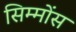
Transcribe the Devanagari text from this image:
सिम्मोंस